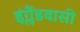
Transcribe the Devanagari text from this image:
इंग्लैंडवासी